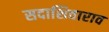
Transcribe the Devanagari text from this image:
सदाशिवाराव